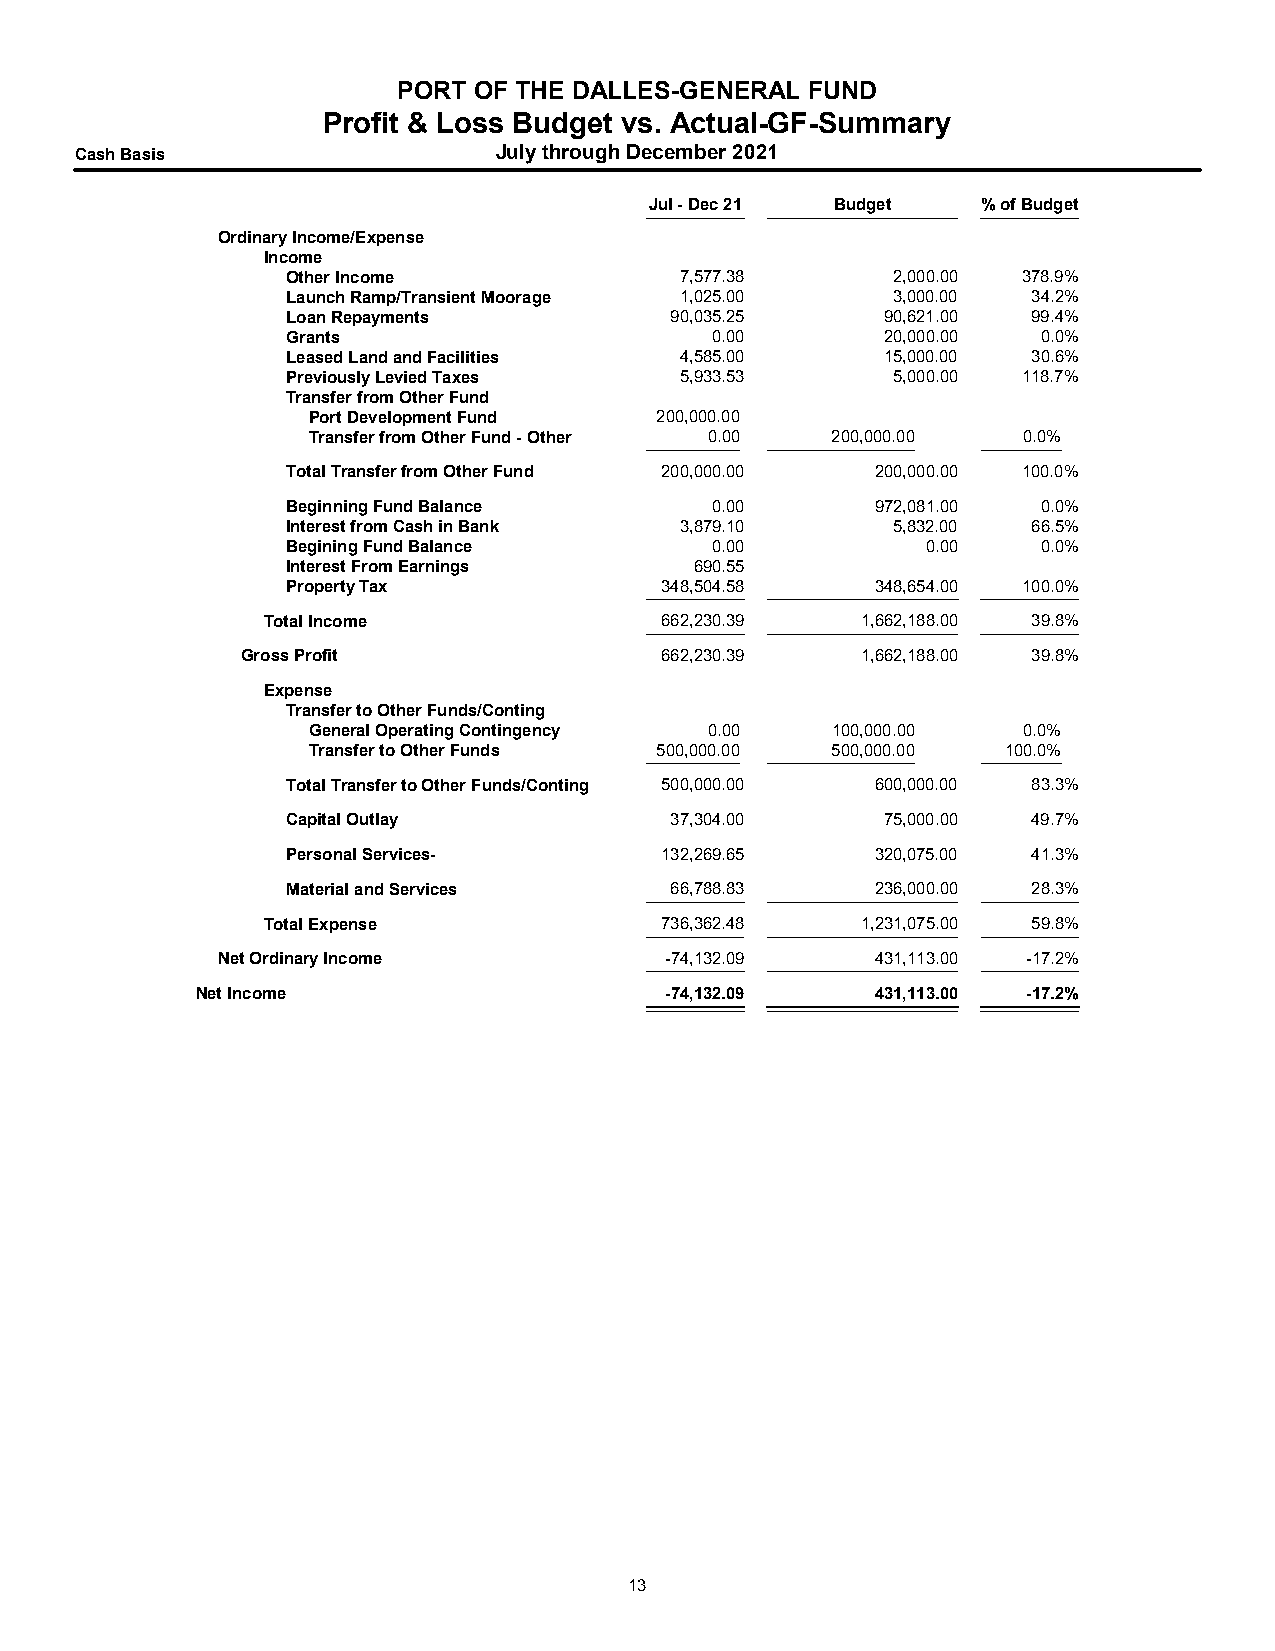
PORT OF THE DALLES-GENERAL FUND
 Profit & Loss Budget vs. Actual-GF-Summary
 Cash Basis                  July through December 2021
 Jul - Dec 21 Budget   % of Budget
 Ordinary Income/Expense
 Income
 Other Income              7,577.38      2,000.00 378.9%
 Launch Ramp/Transient Moorage 1,025.00  3,000.00 34.2%
 Loan Repayments          90,035.25      90,621.00 99.4%
 Grants                      0.00        20,000.00 0.0%
 Leased Land and Facilities 4,585.00     15,000.00 30.6%
 Previously Levied Taxes   5,933.53      5,000.00 118.7%
 Transfer from Other Fund
 Port Development Fund  200,000.00
 Transfer from Other Fund - Other 0.00 200,000.00 0.0%
 Total Transfer from Other Fund 200,000.00 200,000.00 100.0%
 Beginning Fund Balance      0.00       972,081.00 0.0%
 Interest from Cash in Bank 3,879.10     5,832.00 66.5%
 Begining Fund Balance       0.00          0.00    0.0%
 Interest From Earnings     690.55
 Property Tax             348,504.58    348,654.00 100.0%
 Total Income               662,230.39   1,662,188.00 39.8%
 Gross Profit                662,230.39   1,662,188.00 39.8%
 Expense
 Transfer to Other Funds/Conting
 General Operating Contingency 0.00 100,000.00   0.0%
 Transfer to Other Funds 500,000.00 500,000.00  100.0%
 Total Transfer to Other Funds/Conting 500,000.00 600,000.00 83.3%
 Capital Outlay           37,304.00      75,000.00 49.7%
 Personal Services-       132,269.65    320,075.00 41.3%
 Material and Services    66,788.83     236,000.00 28.3%
 Total Expense              736,362.48   1,231,075.00 59.8%
 Net Ordinary Income           -74,132.09    431,113.00 -17.2%
 Net Income                     -74,132.09    431,113.00 -17.2%
 13